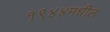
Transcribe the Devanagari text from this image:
१९४४मधील